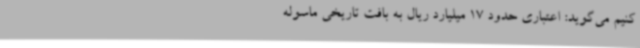
کنیم می‌گوید: اعتباری حدود 17 میلیارد ریال به بافت تاریخی ماسوله